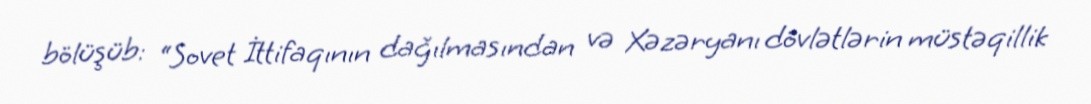
bölüşüb: “Sovet İttifaqının dağılmasından və Xəzəryanı dövlətlərin müstəqillik